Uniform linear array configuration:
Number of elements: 12
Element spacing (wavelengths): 0.75
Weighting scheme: hamming
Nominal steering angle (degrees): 45
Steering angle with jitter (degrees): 45.475
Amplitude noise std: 0.05
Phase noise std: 0.05

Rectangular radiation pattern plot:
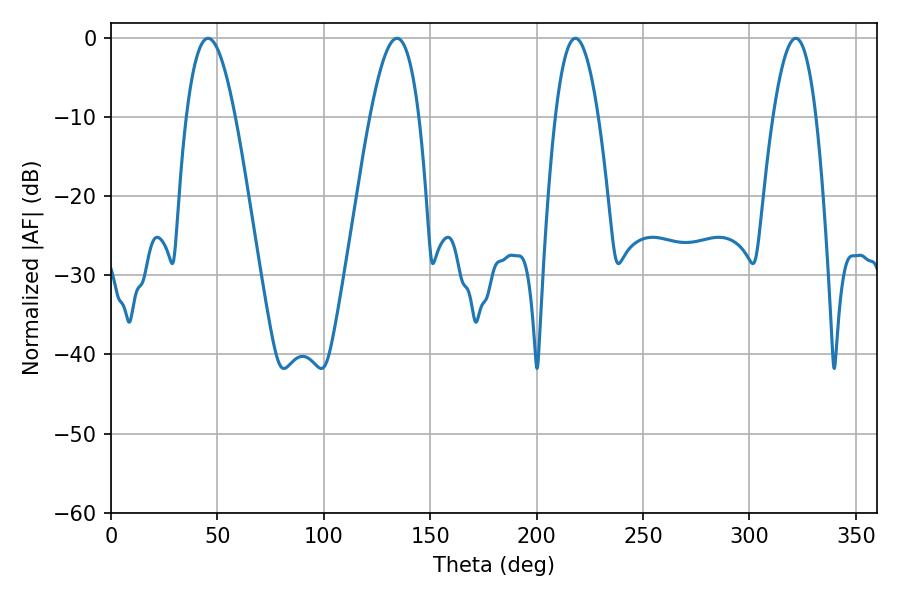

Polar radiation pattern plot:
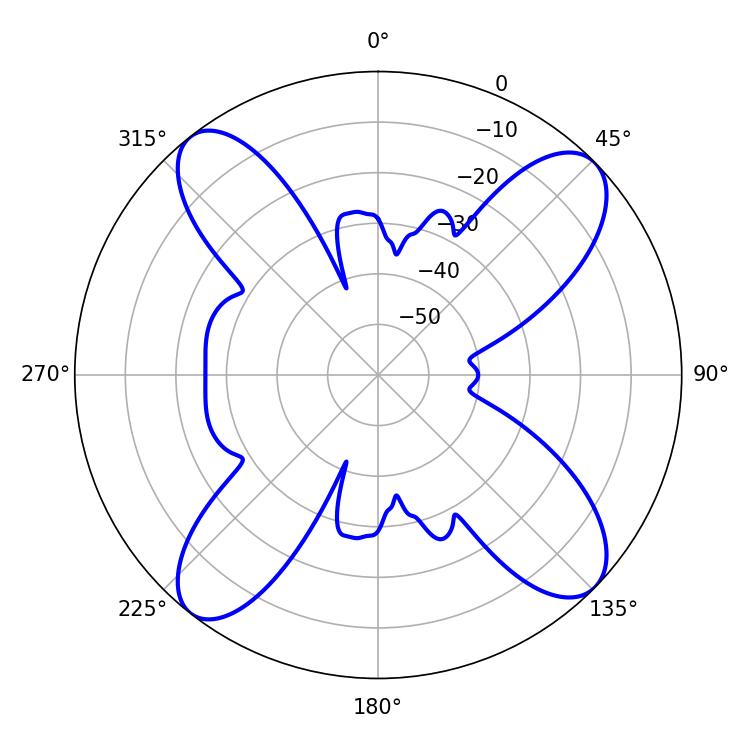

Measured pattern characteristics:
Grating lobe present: TRUE
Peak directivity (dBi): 14.015
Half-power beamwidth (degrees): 12.42
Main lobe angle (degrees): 45.54